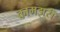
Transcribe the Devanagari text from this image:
कामझरी